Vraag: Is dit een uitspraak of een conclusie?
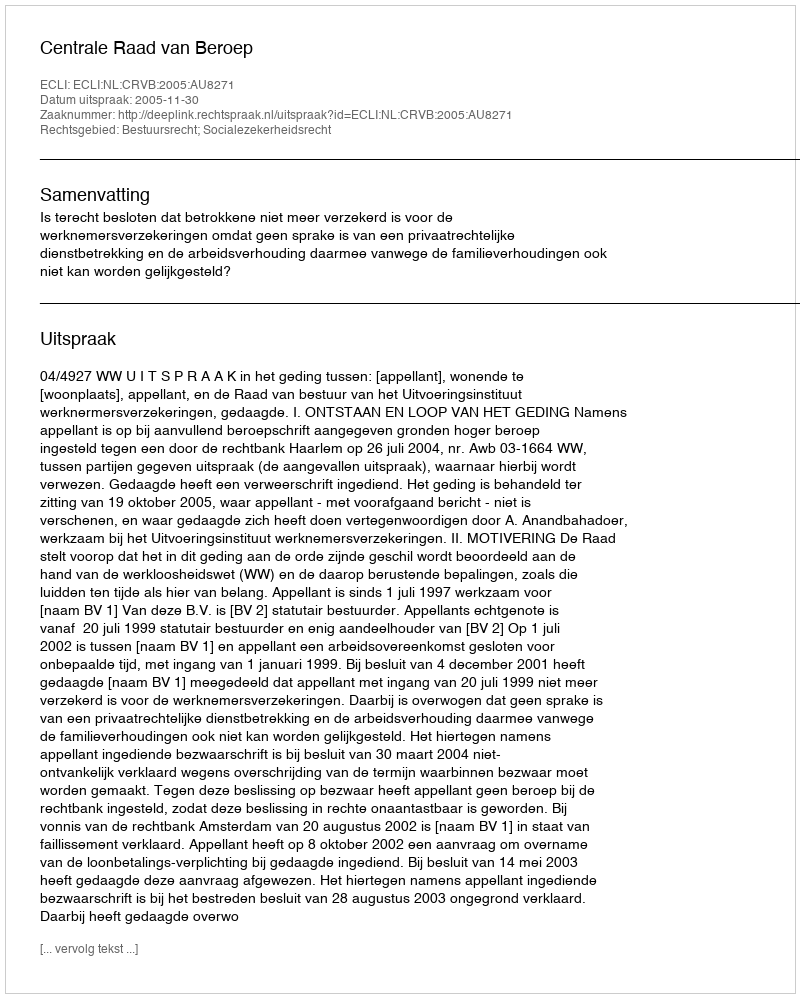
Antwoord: Uitspraak